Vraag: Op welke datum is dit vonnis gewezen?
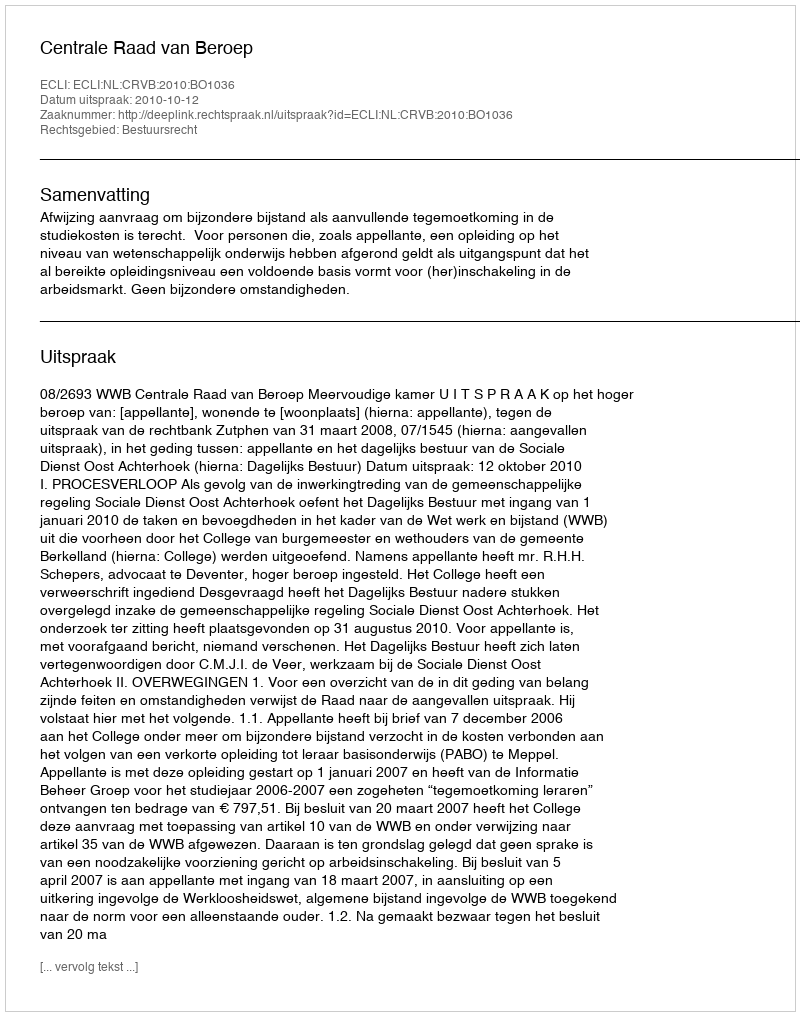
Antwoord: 2010-10-12